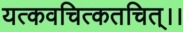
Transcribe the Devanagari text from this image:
यत्कवचित्कतचित्।।